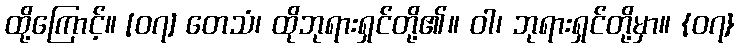
ထို့ကြောင့်။ [၀၇] တေသံ၊ ထိုဘုရားရှင်တို့၏။ ဝါ၊ ဘုရားရှင်တို့မှာ။ {၀၇}